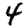
Digit: 4